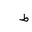
Letter: _da